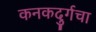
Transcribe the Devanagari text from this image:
कनकदुर्गचा